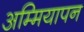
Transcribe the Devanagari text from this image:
अम्मियापन